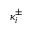
\kappa _ { i } ^ { \pm }